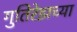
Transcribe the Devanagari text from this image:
गुतिरेझच्या